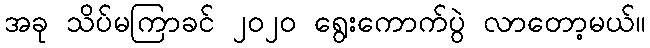
အခု သိပ်မကြာခင် ၂၀၂၀ ရွေးကောက်ပွဲ လာတော့မယ်။